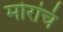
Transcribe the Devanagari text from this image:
मोरांचं